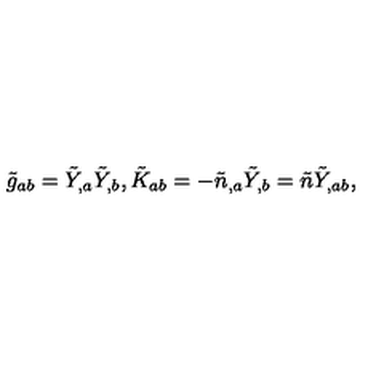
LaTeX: \tilde { g } _ { a b } = \tilde { Y } _ { , a } \tilde { Y } _ { , b } , \tilde { K } _ { a b } = - \tilde { n } _ { , a } \tilde { Y } _ { , b } = \tilde { n } \tilde { Y } _ { , a b } ,